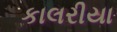
કાલરીયા